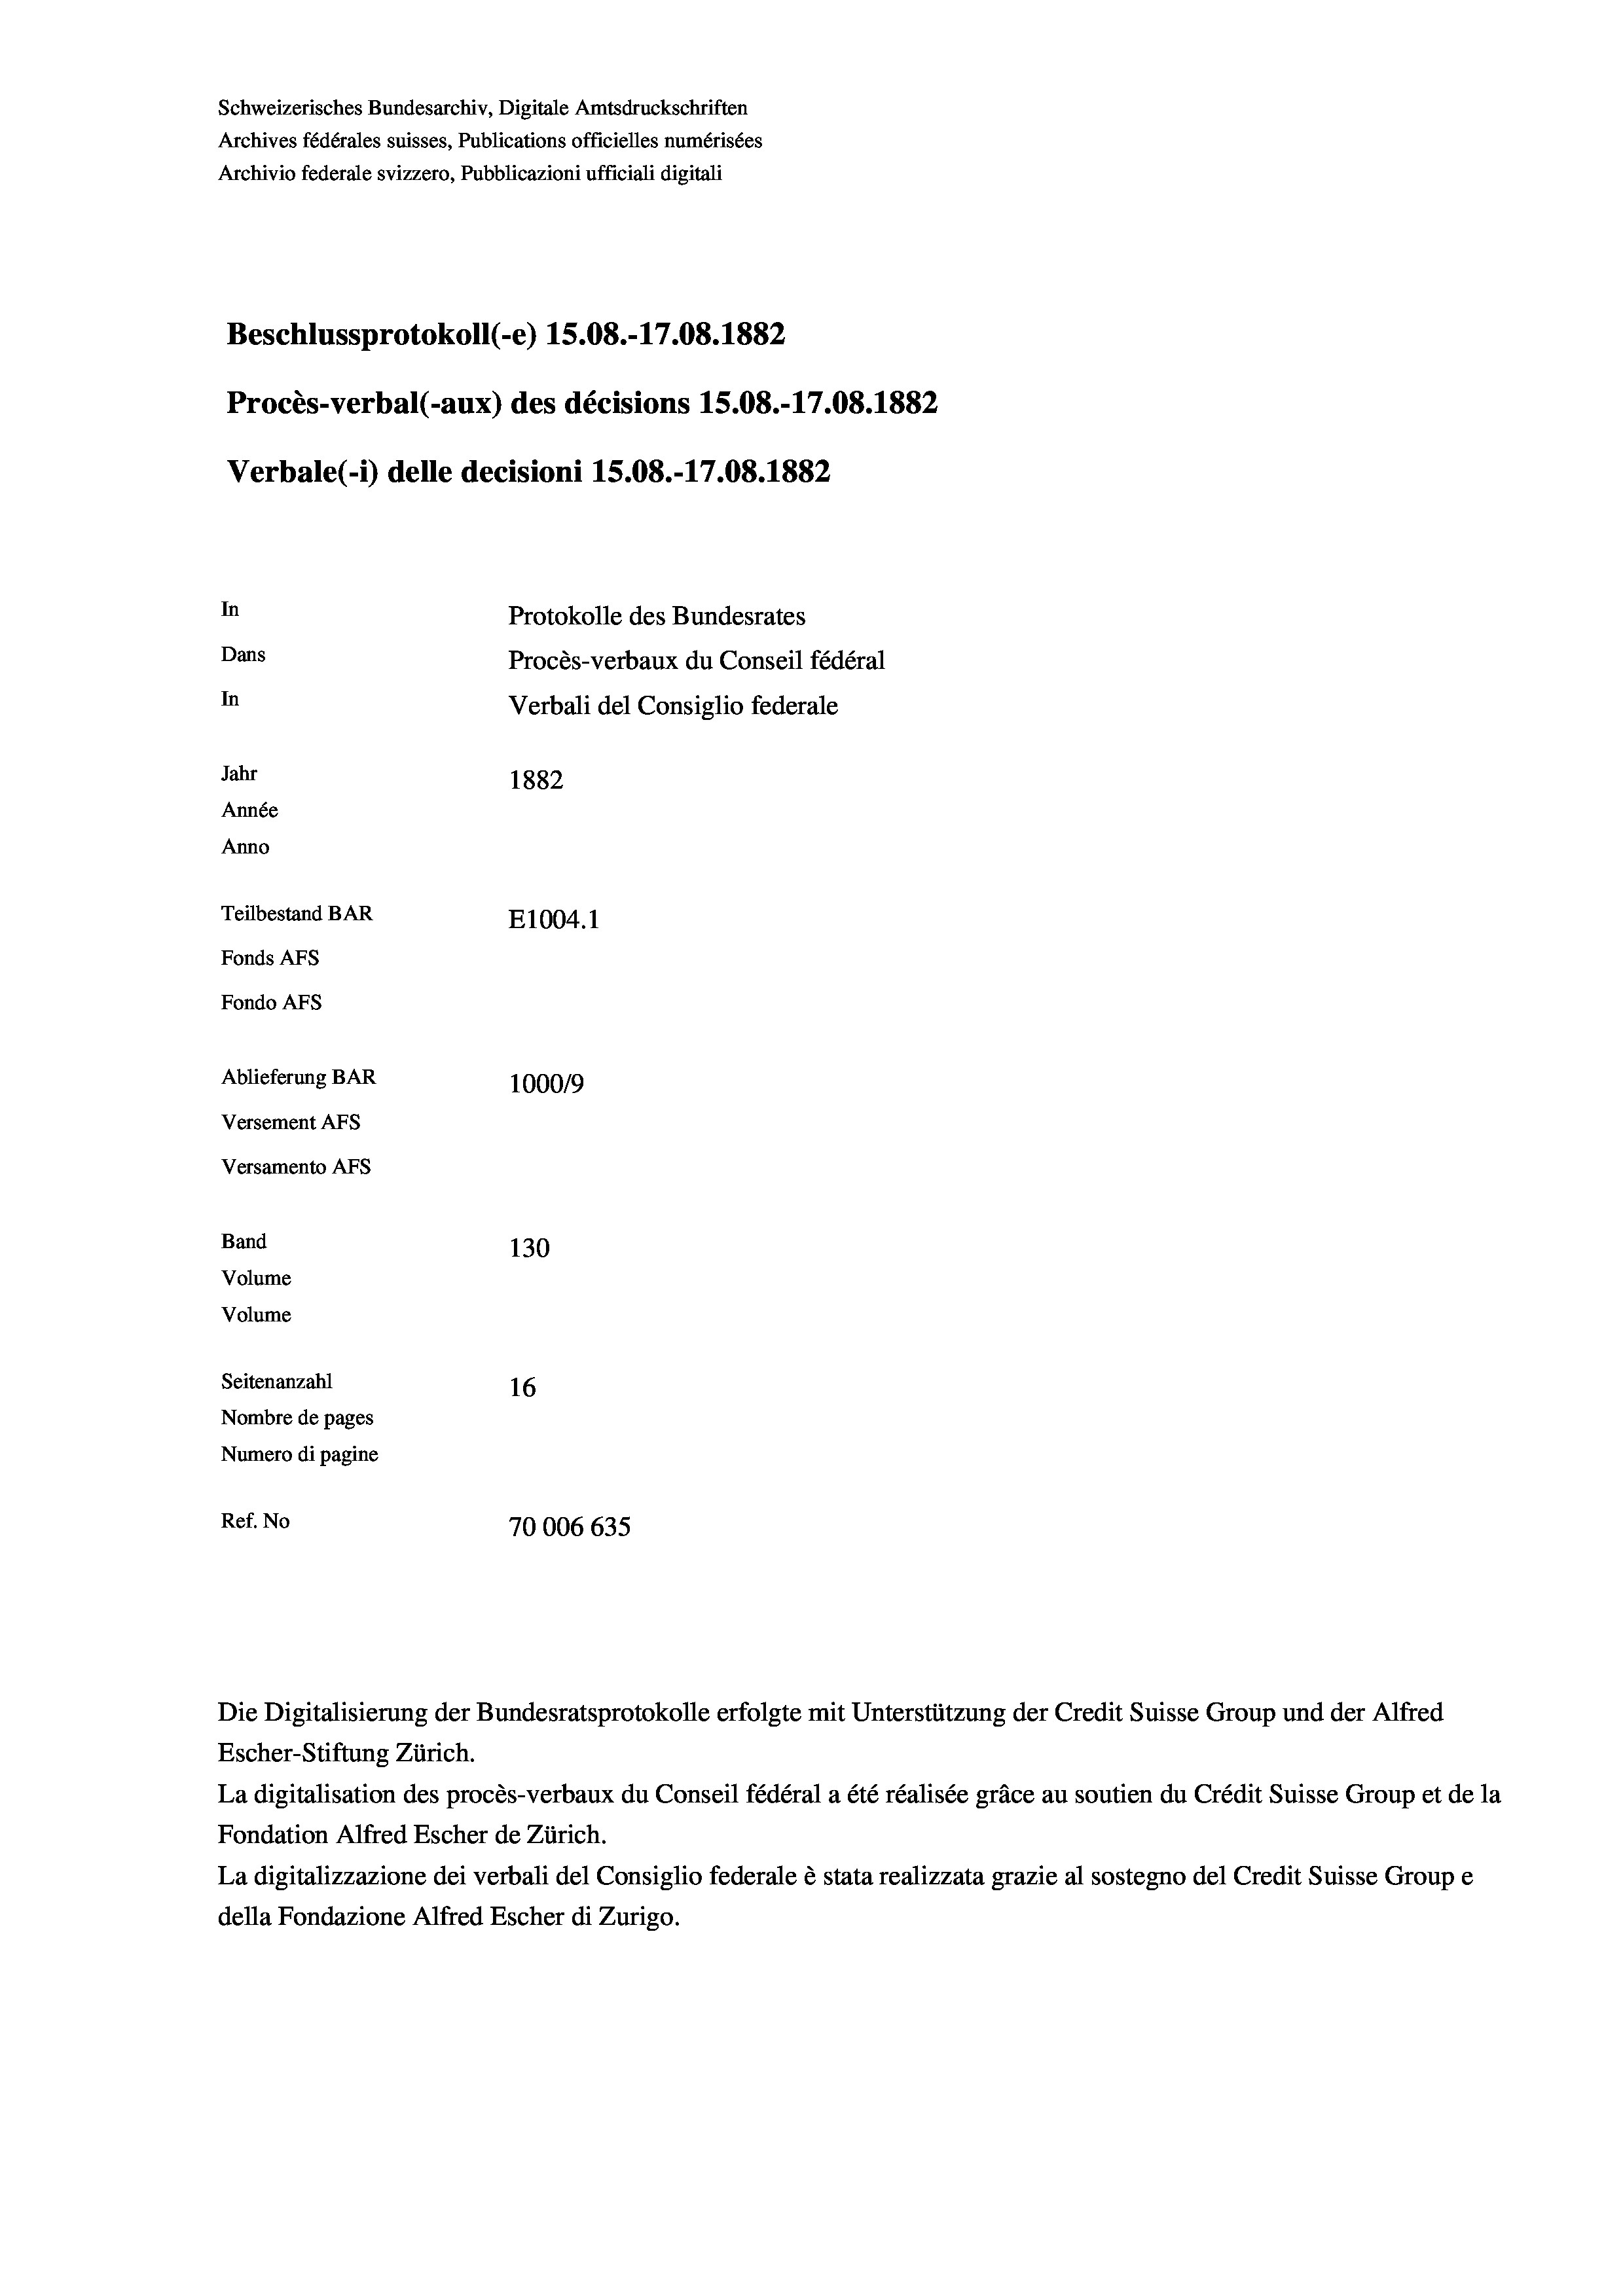
Schweizerisches Bundesarchiv, Digitale Amtsdruckschriften
Archives fédérales suisses, Publications officielles numérisées
Archivio federale svizzero, Pubblicazioni ufficiali digitali
Beschlussprotokoll (-e) 1S.08.-17.08. 1882
Procès-verbal (-aux) des décisions 15.08.-17.08. 1882
Verbale (- 1) delle decisioni 15.08.-17.08. 1882
In
Protokolle des Bundesrates
Dans
Procès-verbaux du Conseil fédéral
In
Verbali del Consiglio federale
Jahr
1882
Année
Anno
Teilbestand BAR
E1004.1
Fonds AFs
Fondo Afs
Ablieferung BAR
100019
Versement AFs
Versamento Afs
Band
130
Volume
Volume
Seitenanzahl
16
Nombre de pages
Numero di pagine
Ref. No
70006635

Die Digitalisierung der Bundesratsprotokolle erfolgte mit Unterstützung der Credit Suisse Group und der Alfred
Escher-Stiftung Zürich.
La digitalisation des procès-verbaux du Conseil fédéral a été réalisée gräce au soutien du Crédit Suisse Group et de la
Fondation Alfred Escher de Zürich.
La digitalizzazione dei verbali del Consiglio federale è stata realizzata grazie al sostegno del Credit Suisse Groupe
della Fondazione Alfred Escher di Zurigo.